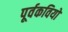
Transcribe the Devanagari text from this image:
पूर्वकवियों